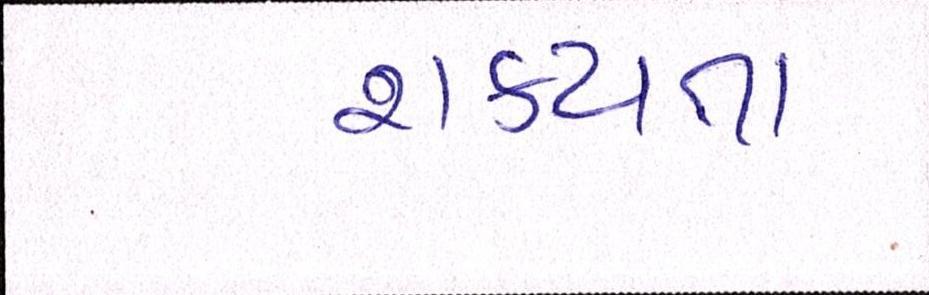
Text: શકયતા